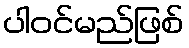
ပါဝင်မည်ဖြစ်